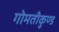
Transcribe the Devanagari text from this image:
गोमतीकुण्ड